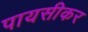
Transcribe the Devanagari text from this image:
पायसीकर